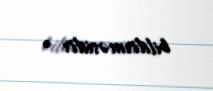
bildirməsidir .